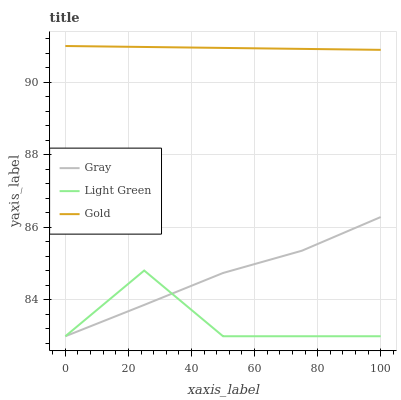
| xaxis_label | Gray | Light Green | Gold |
 | --- | --- | --- | --- |
 | 0 | 83 | 83 | 91 |
 | 25 | 83.9 | 84.8 | 91 |
 | 50 | 84.7 | 83 | 90.9 |
 | 75 | 85.4 | 83 | 90.9 |
 | 100 | 86.3 | 83 | 90.9 |